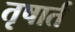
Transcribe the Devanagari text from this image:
तृषार्त